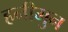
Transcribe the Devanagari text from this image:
हनीमुन